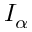
I _ { \alpha }